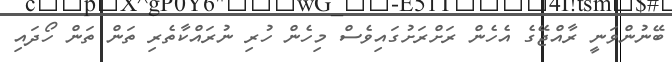
ބޭނުންވަނީ ރާއްޖޭގެ އެހެން ރަށްރަށުގައިވެސް މިހެން ހުރި ނުރައްކާތެރި ތަން ތަން ހޯދައި